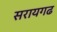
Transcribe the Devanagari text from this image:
सरायगढ